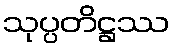
သုပ္ပတိဋ္ဌဿ